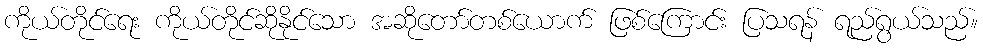
ကိုယ်တိုင်ရေး ကိုယ်တိုင်ဆိုနိုင်သော အဆိုတော်တစ်ယောက် ဖြစ်ကြောင်း ပြသရန် ရည်ရွယ်သည်။